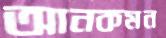
আনকমন